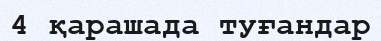
4 қарашада туғандар